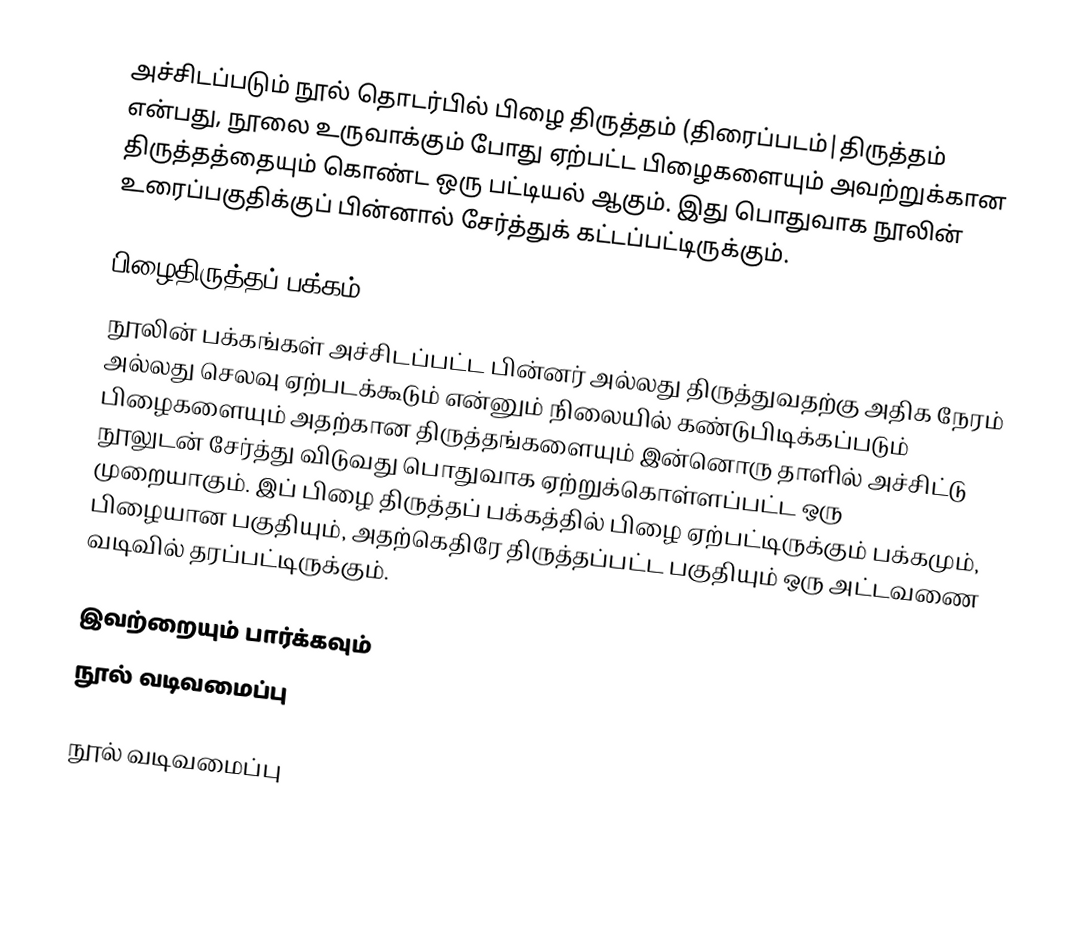
அச்சிடப்படும் நூல் தொடர்பில் பிழை திருத்தம் (திரைப்படம்|திருத்தம் என்பது, நூலை உருவாக்கும் போது ஏற்பட்ட பிழைகளையும் அவற்றுக்கான திருத்தத்தையும் கொண்ட ஒரு பட்டியல் ஆகும். இது பொதுவாக நூலின் உரைப்பகுதிக்குப் பின்னால் சேர்த்துக் கட்டப்பட்டிருக்கும்.

பிழைதிருத்தப் பக்கம்
நூலின் பக்கங்கள் அச்சிடப்பட்ட பின்னர் அல்லது திருத்துவதற்கு அதிக நேரம் அல்லது செலவு ஏற்படக்கூடும் என்னும் நிலையில் கண்டுபிடிக்கப்படும் பிழைகளையும் அதற்கான திருத்தங்களையும் இன்னொரு தாளில் அச்சிட்டு நூலுடன் சேர்த்து விடுவது பொதுவாக ஏற்றுக்கொள்ளப்பட்ட ஒரு முறையாகும். இப் பிழை திருத்தப் பக்கத்தில் பிழை ஏற்பட்டிருக்கும் பக்கமும், பிழையான பகுதியும், அதற்கெதிரே திருத்தப்பட்ட பகுதியும் ஒரு அட்டவணை வடிவில் தரப்பட்டிருக்கும்.

இவற்றையும் பார்க்கவும்
 நூல் வடிவமைப்பு

நூல் வடிவமைப்பு